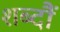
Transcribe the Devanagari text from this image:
शब्दौं